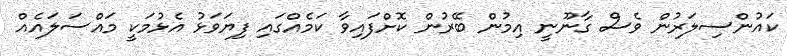
ކައުންސިލަރުން ވެސް ގާނޫނީ އިމުން ބޭރުން ކޮށްފައިވާ ކަމެއްގައި ފިޔަވަޅު އެޅުމަކީ މައްސަލައެއް